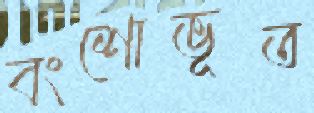
বংশোভূত